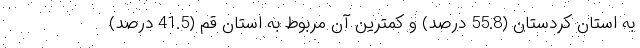
به استان کردستان (55.8 درصد) و کمترین آن مربوط به استان قم (41.5 درصد)